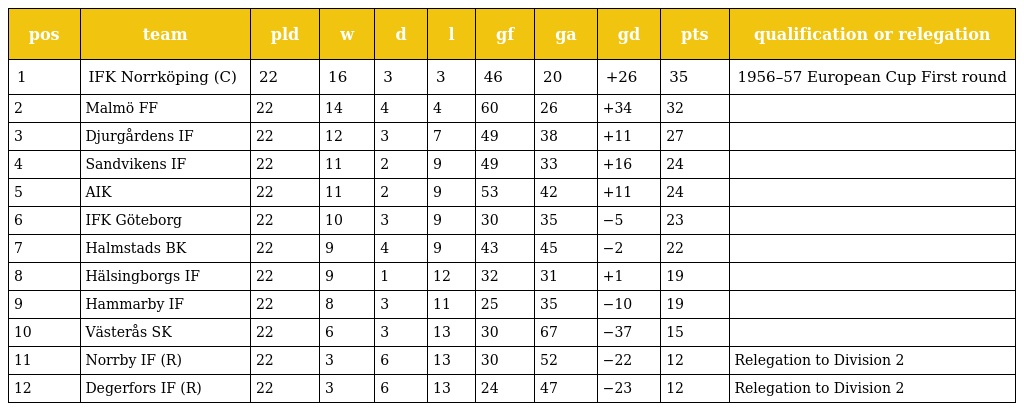
| pos | team | pld | w | d | l | gf | ga | gd | pts | qualification or relegation |
 | --- | --- | --- | --- | --- | --- | --- | --- | --- | --- | --- |
 | 1 | IFK Norrköping (C) | 22 | 16 | 3 | 3 | 46 | 20 | +26 | 35 | 1956–57 European Cup First round |
 | 2 | Malmö FF | 22 | 14 | 4 | 4 | 60 | 26 | +34 | 32 |  |
 | 3 | Djurgårdens IF | 22 | 12 | 3 | 7 | 49 | 38 | +11 | 27 |  |
 | 4 | Sandvikens IF | 22 | 11 | 2 | 9 | 49 | 33 | +16 | 24 |  |
 | 5 | AIK | 22 | 11 | 2 | 9 | 53 | 42 | +11 | 24 |  |
 | 6 | IFK Göteborg | 22 | 10 | 3 | 9 | 30 | 35 | −5 | 23 |  |
 | 7 | Halmstads BK | 22 | 9 | 4 | 9 | 43 | 45 | −2 | 22 |  |
 | 8 | Hälsingborgs IF | 22 | 9 | 1 | 12 | 32 | 31 | +1 | 19 |  |
 | 9 | Hammarby IF | 22 | 8 | 3 | 11 | 25 | 35 | −10 | 19 |  |
 | 10 | Västerås SK | 22 | 6 | 3 | 13 | 30 | 67 | −37 | 15 |  |
 | 11 | Norrby IF (R) | 22 | 3 | 6 | 13 | 30 | 52 | −22 | 12 | Relegation to Division 2 |
 | 12 | Degerfors IF (R) | 22 | 3 | 6 | 13 | 24 | 47 | −23 | 12 | Relegation to Division 2 |